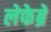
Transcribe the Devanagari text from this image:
लेफेब्रे